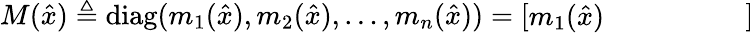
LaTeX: M({\hat{x}})\triangleq\operatorname{diag}(m_{1}({\hat{x}}),m_{2}({\hat{x}}),\ldots,m_{n}({\hat{x}}))={\left[\begin{array}{llllll}{m_{1}({\hat{x}})}&{}&{}&{}&{}&{}\end{array}\right]}